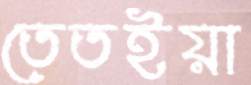
তেতইয়া